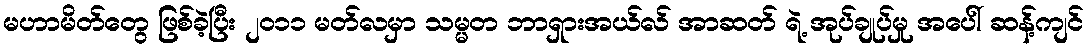
မဟာမိတ်တွေ ဖြစ်ခဲ့ပြီး ၂၀၁၁ မတ်လမှာ သမ္မတ ဘာရှားအယ်လ် အာဆတ် ရဲ့ အုပ်ချုပ်မှု အပေါ် ဆန့်ကျင်